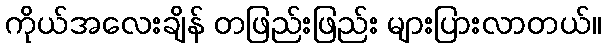
ကိုယ်အလေးချိန် တဖြည်းဖြည်း များပြားလာတယ်။